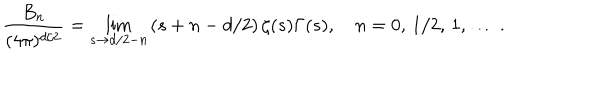
\frac { B _ { n } } { ( 4 \pi ) ^ { d / 2 } } = \lim _ { s \to d / 2 - n } \left( s + n - d / 2 \right) \zeta ( s ) \Gamma ( s ) , \quad n = 0 , \, 1 / 2 , \, 1 , \, \ldots \, { . }